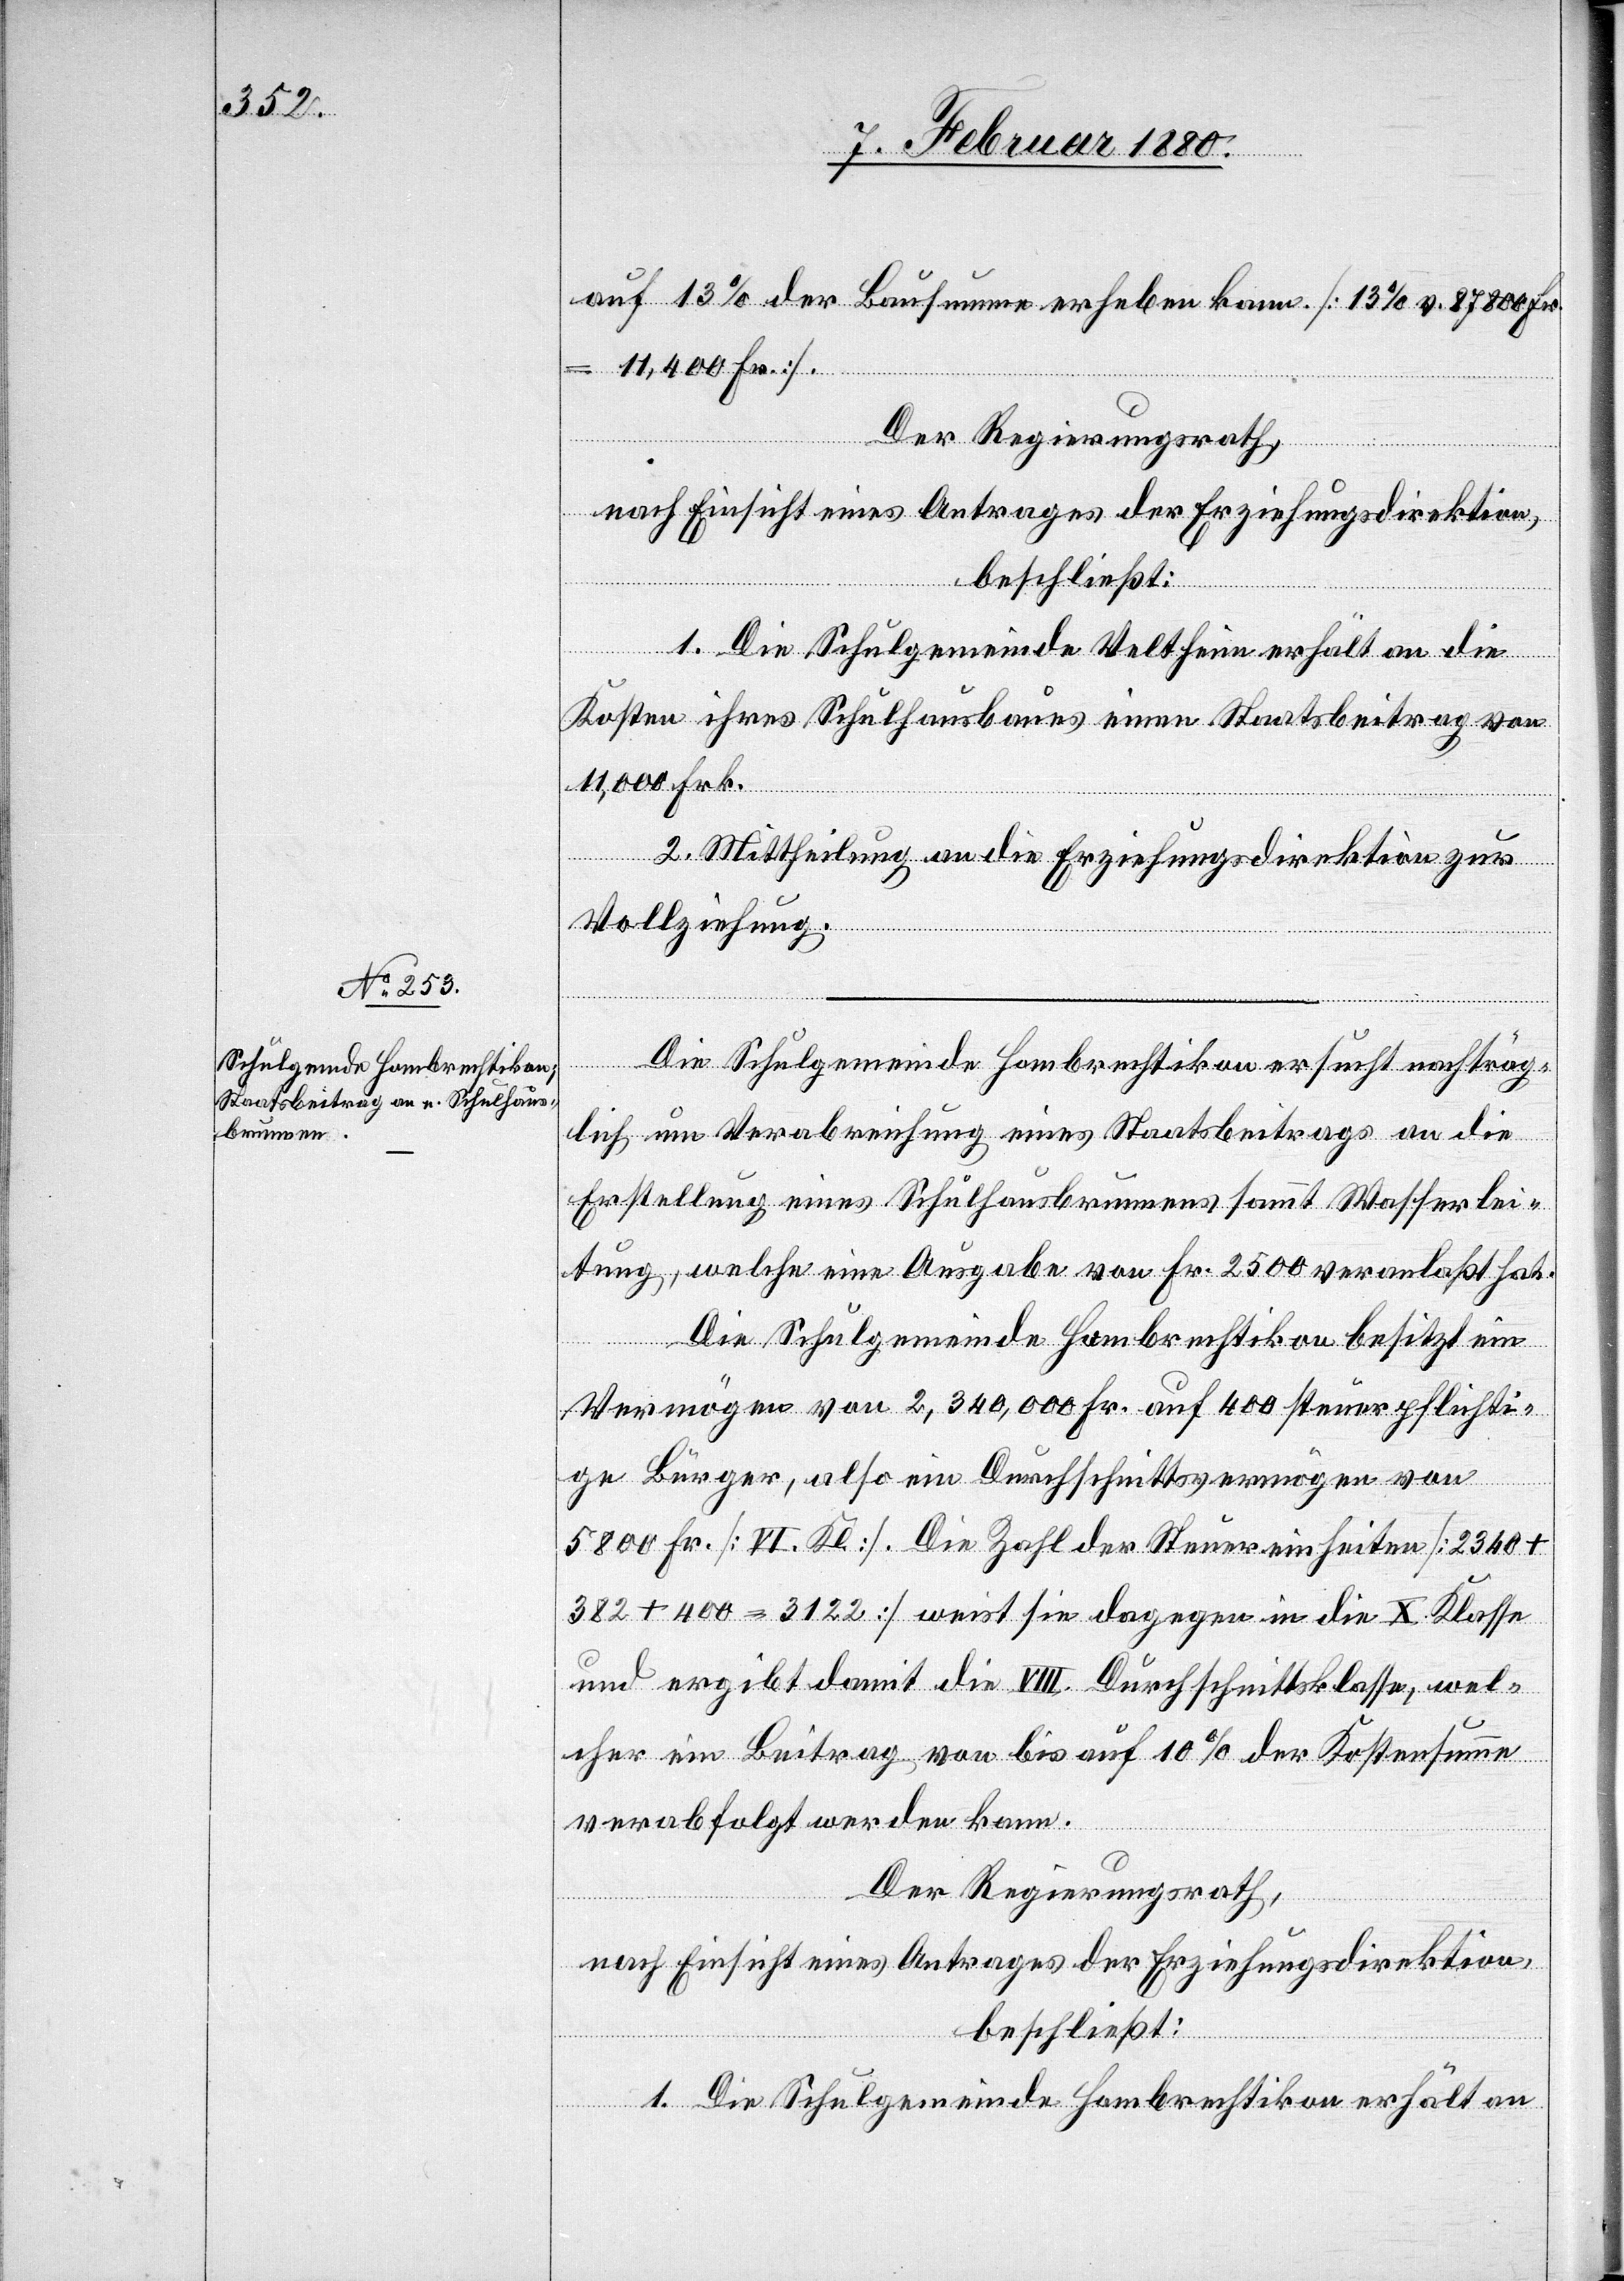
auf 13% der Bausumme erheben kann. [13% v. 87800 Fr.
= 11 400 Fr.].
Der Regierungsrath,
nach Einsicht eines Antrages der Erziehungsdirektion,
beschließt:
1. Die Schulgemeinde Veltheim erhält an die
Kosten ihres Schulhausbaues einen Staatsbeitrag von
11 000 Frk.
2. Mittheilung an die Erziehungsdirektion zur
Vollziehung.
Die Schulgemeinde Hombrechtikon ersucht nachträg¬
lich um Verabreichung eines Staatsbeitrages an die
Erstellung eines Schulhausbrunnens sammt Wasserlei¬
tung, welche eine Ausgabe von Fr. 2500 veranlaßt hat.
Die Schulgemeinde Hombrechtikon besitzt ein
Vermögen von 2 340 000 Fr. auf 400 steuerpflichti¬
ge Bürger, also ein Durchschnittsvermögen von
5800 Fr. [VI. Kl]. Die Zahl der Steuereinheiten [2340 +
382 400 = 3122] weist sie dagegen in die X. Klasse
und ergibt damit die VIII. Durchschnittsklasse, wel¬
cher ein Beitrag von bis auf 10% der Kostensumme
verabfolgt werden kann.
Der Regierungsrath,
nach Einsicht eines Antrages der Erziehungsdirektion,
beschließt:
1. Die Schulgemeinde Hombrechtikon erhält an